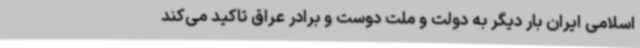
اسلامی ایران بار دیگر به دولت و ملت دوست و برادر عراق تاکید می‌کند